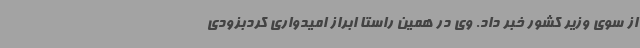
از سوی وزیر کشور خبر داد. وی در همین راستا ابراز امیدواری کردبزودی